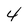
Character: 4